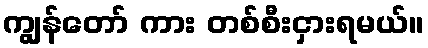
ကျွန်တော် ကား တစ်စီးငှားရမယ်။